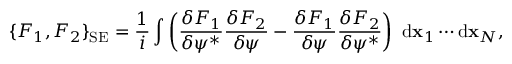
\{ F _ { 1 } , F _ { 2 } \} _ { \mathrm { S E } } = \frac { 1 } { i } \int { \left( \frac { \delta F _ { 1 } } { \delta \psi ^ { * } } \frac { \delta F _ { 2 } } { \delta \psi } - \frac { \delta F _ { 1 } } { \delta \psi } \frac { \delta F _ { 2 } } { \delta \psi ^ { * } } \right) \ \mathrm { d } { \bf x } _ { 1 } \cdots \mathrm { d } { \bf x } _ { N } } ,